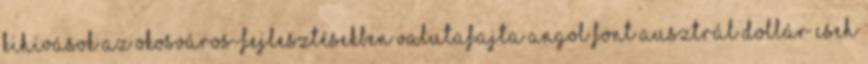
kihívások az okosváros-fejlesztésekben Valutafajta Angol font Ausztrál dollár Cseh